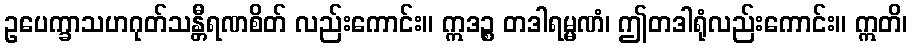
ဥပေက္ခာသဟဂုတ်သန္တီရဏစိတ် လည်းကောင်း။ ဣဒဉ္စ တဒါရမ္မဏံ၊ ဤတဒါရုံလည်းကောင်း။ ဣတိ၊